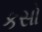
કસો